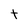
Character: t